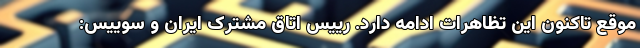
موقع تاکنون این تظاهرات ادامه دارد. رییس اتاق مشترک ایران و سوییس: